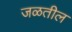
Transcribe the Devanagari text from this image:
जळतील